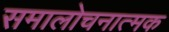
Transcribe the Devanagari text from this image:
समालोचनात्‍मक